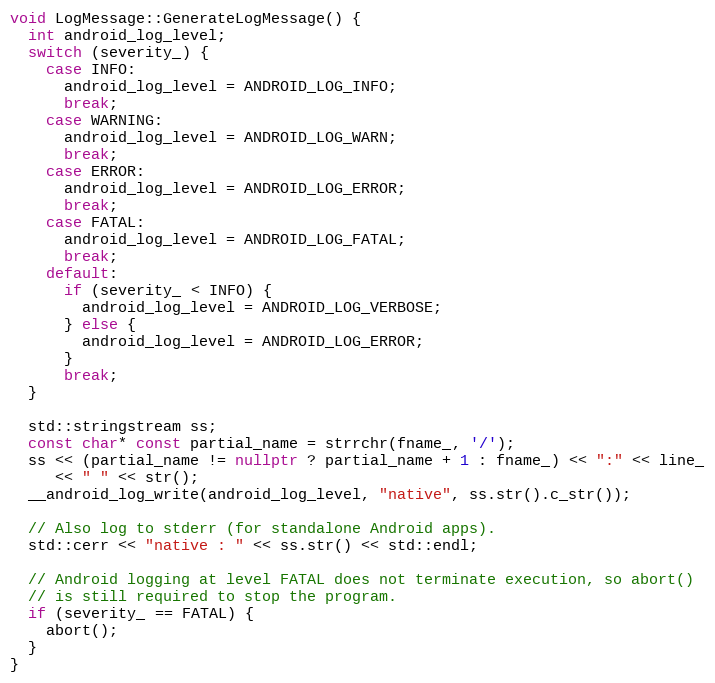
Language: C++
void LogMessage::GenerateLogMessage() {
  int android_log_level;
  switch (severity_) {
    case INFO:
      android_log_level = ANDROID_LOG_INFO;
      break;
    case WARNING:
      android_log_level = ANDROID_LOG_WARN;
      break;
    case ERROR:
      android_log_level = ANDROID_LOG_ERROR;
      break;
    case FATAL:
      android_log_level = ANDROID_LOG_FATAL;
      break;
    default:
      if (severity_ < INFO) {
        android_log_level = ANDROID_LOG_VERBOSE;
      } else {
        android_log_level = ANDROID_LOG_ERROR;
      }
      break;
  }

  std::stringstream ss;
  const char* const partial_name = strrchr(fname_, '/');
  ss << (partial_name != nullptr ? partial_name + 1 : fname_) << ":" << line_
     << " " << str();
  __android_log_write(android_log_level, "native", ss.str().c_str());

  // Also log to stderr (for standalone Android apps).
  std::cerr << "native : " << ss.str() << std::endl;

  // Android logging at level FATAL does not terminate execution, so abort()
  // is still required to stop the program.
  if (severity_ == FATAL) {
    abort();
  }
}